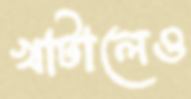
খাটালেও